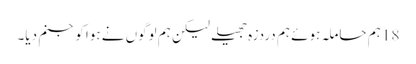
18 ہم حاملہ ہوئے ہم دردزہ جھیلے لیکن ہم لوگوں نے ہوا کو جنم دیا۔